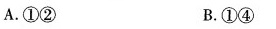
A.①② B.①④